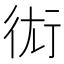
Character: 𧗢